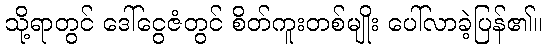
သို့ရာတွင် ဒေါ်ငွေဇံတွင် စိတ်ကူးတစ်မျိုး ပေါ်လာခဲ့ပြန်၏။